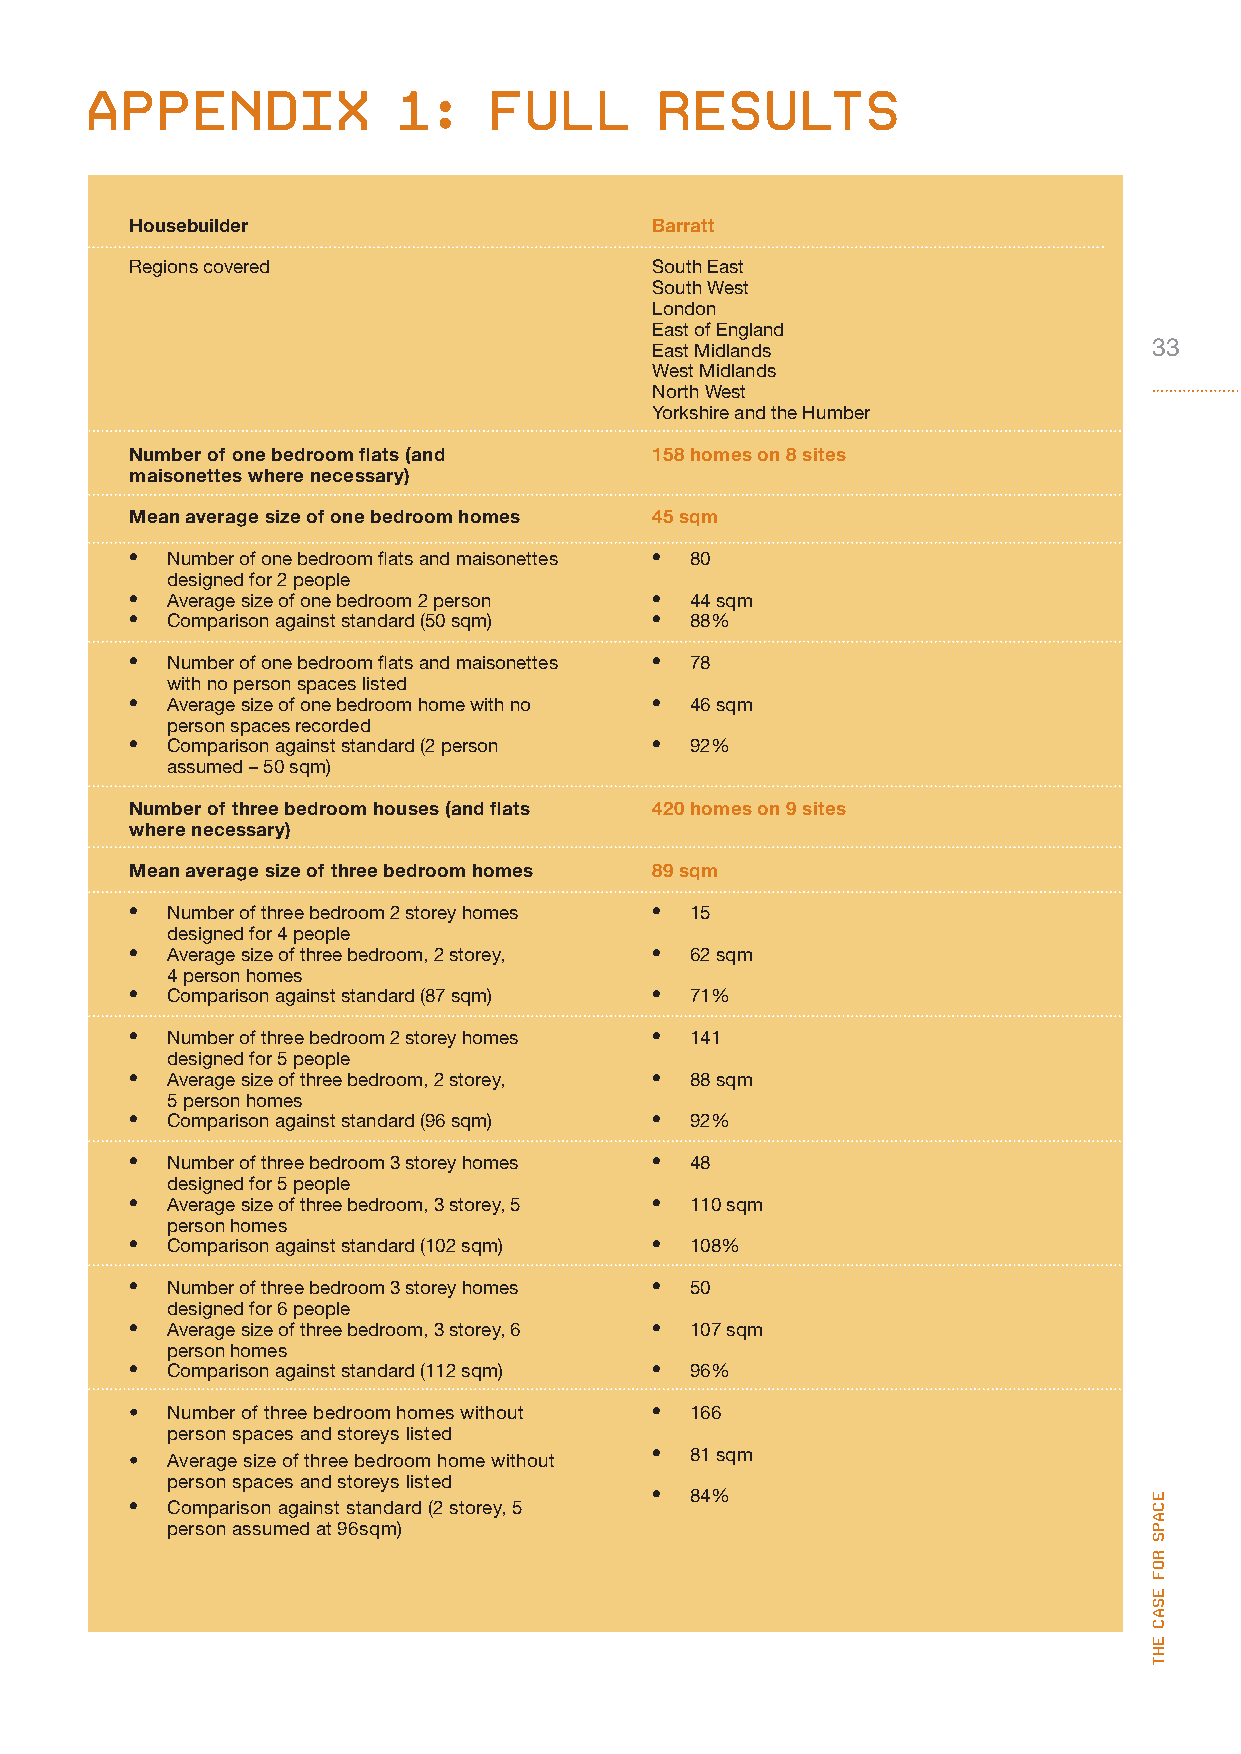
aPPendix            1:     full       results
 Housebuilder                      Barratt
 Regions covered                   South East
 South West
 London
 East of England
 East Midlands                    33
 West Midlands
 North West
 Yorkshire and the Humber
 Number of one bedroom flats (and  158 homes on 8 sites
 maisonettes where necessary)
 Mean average size of one bedroom homes 45 sqm
 • Number of one bedroom flats and maisonettes • 80
 designed for 2 people
 • Average size of one bedroom 2 person • 44 sqm
 • Comparison against standard (50 sqm) • 88%
 • Number of one bedroom flats and maisonettes • 78
 with no person spaces listed
 • Average size of one bedroom home with no • 46 sqm
 person spaces recorded
 • Comparison against standard (2 person • 92%
 assumed – 50 sqm)
 Number of three bedroom houses (and flats 420 homes on 9 sites
 where necessary)
 Mean average size of three bedroom homes 89 sqm
 • Number of three bedroom 2 storey homes • 15
 designed for 4 people
 • Average size of three bedroom, 2 storey, • 62 sqm
 4 person homes
 • Comparison against standard (87 sqm) • 71%
 • Number of three bedroom 2 storey homes • 141
 designed for 5 people
 • Average size of three bedroom, 2 storey, • 88 sqm
 5 person homes
 • Comparison against standard (96 sqm) • 92%
 • Number of three bedroom 3 storey homes • 48
 designed for 5 people
 • Average size of three bedroom, 3 storey, 5 • 110 sqm
 person homes
 • Comparison against standard (102 sqm) • 108%
 • Number of three bedroom 3 storey homes • 50
 designed for 6 people
 • Average size of three bedroom, 3 storey, 6 • 107 sqm
 person homes
 • Comparison against standard (112 sqm) • 96%
 • Number of three bedroom homes without • 166
 person spaces and storeys listed
 • Average size of three bedroom home without • 81 sqm
 person spaces and storeys listed
 •  84%
 • Comparison against standard (2 storey, 5
 person assumed at 96sqm)
 ecaPs
 rof
 esac
 eht